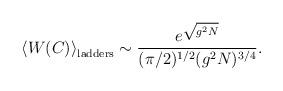
LaTeX: \begin{align*}\left< W(C)\right>_{\rm ladders}\sim \frac{e^{\sqrt{g^2N}}}{(\pi/2)^{1/2}(g^2N)^{3/4}}.\end{align*}